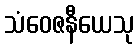
သံဝေဇနီယေသု